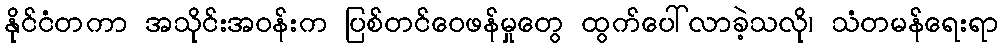
နိုင်ငံတကာ အသိုင်းအဝန်းက ပြစ်တင်ဝေဖန်မှုတွေ ထွက်ပေါ်လာခဲ့သလို၊ သံတမန်ရေးရာ